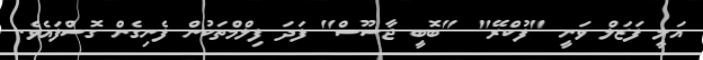
އަލީ ފަޒަލް ވަނީ "ފުކްރޭ" "ބޮބީ ޖާސޫސް" ފަދަ ފިލްމްތަކުން ފެނިގެން ގޮސްފައެވެ.